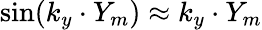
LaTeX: \sin(k_{y}\cdot Y_{m})\approx k_{y}\cdot Y_{m}